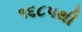
૧૬૮૫થી